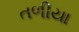
તળીયા